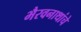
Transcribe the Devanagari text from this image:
भैरवनाथांचे